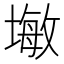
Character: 𪤓